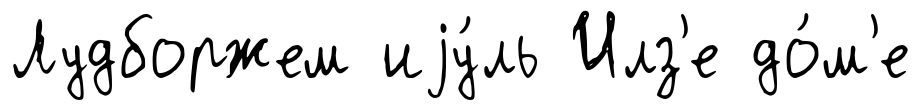
Лудборжем иjу́ль Илз'е до́м'е